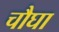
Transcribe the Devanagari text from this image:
चौघा